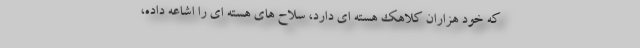
که خود هزاران کلاهک هسته ای دارد، سلاح های هسته ای را اشاعه داده،